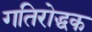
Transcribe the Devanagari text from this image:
गतिरोद्धक